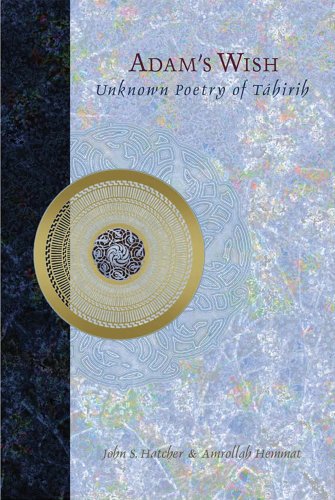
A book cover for Adam's Wish: Unknown Poetry of Tahirih; Religion & Spirituality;